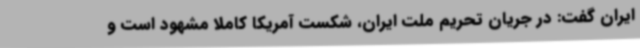
ایران گفت: در جریان تحریم ملت ایران، شکست آمریکا کاملا مشهود است و